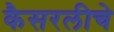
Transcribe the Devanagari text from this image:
कैसरलीचे